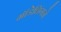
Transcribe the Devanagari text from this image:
मॉडेलिंगने